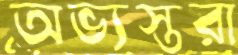
অভ্যস্তরা